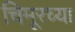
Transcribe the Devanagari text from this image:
चिमूरच्या